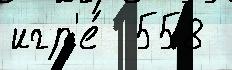
игр'е́  558